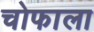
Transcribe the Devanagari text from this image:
चोफाला